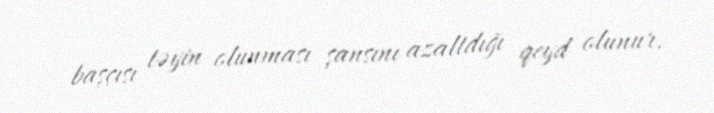
başçısı təyin olunması şansını azaltdığı qeyd olunur.